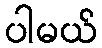
ပါမယ်